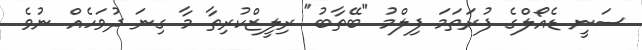
ސަނީ ޑެއޯލްގެ ފުރަތަމަ ފިލްމު "ބޭތާބު" ރިލީޒްކުރިތާ މާ ގިނަ ދުވަހެއް ނުވެ